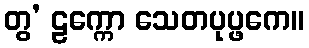
တွ’ ဠက္ကော သေတပုပ္ဖကေ။